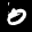
Label: 0